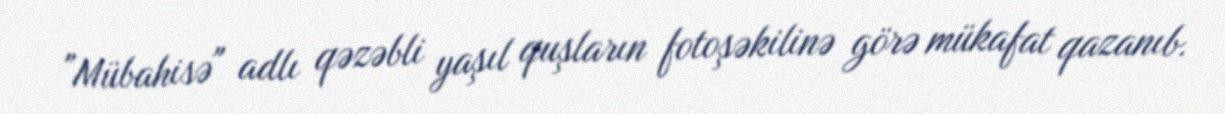
"Mübahisə" adlı qəzəbli yaşıl quşların fotoşəkilinə görə mükafat qazanıb.